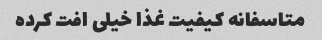
متاسفانه کیفیت غذا خیلی افت کرده